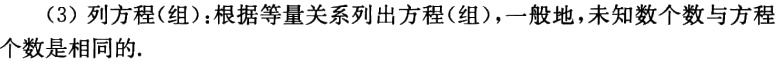
（3）列方程(组)：根据等量关系列出方程(组)，一般地，未知数个数与方程个数是相同的.